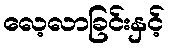
လေ့လာခြင်းနှင့်